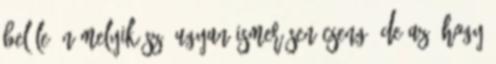
belőle. Némelyik szó ugyan ismerősen cseng, de az, hogy